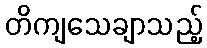
တိကျသေချာသည့်